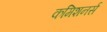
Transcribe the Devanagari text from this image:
कमिशनर्स